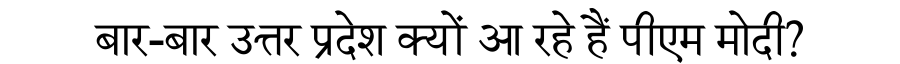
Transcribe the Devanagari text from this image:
बार-बार उत्तर प्रदेश क्यों आ रहे हैं पीएम मोदी?